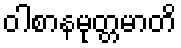
ဝါစာနမုတ္တမာတိ